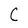
Character: C